Indian journal of veterinary science and animal husbandry - Volumes 22-23, 1952-1953
Year: 1952
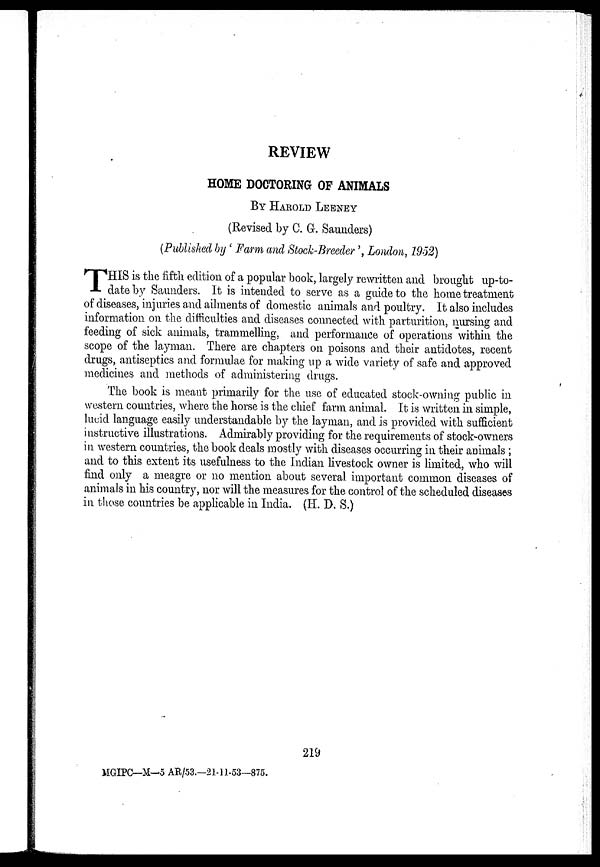
REVIEW
HOME DOCTORING OF ANIMALS
BY HAROLD LEENEY
(Revised by C. G. Saunders)
(Published by ' Farm and Stock-Breeder ', London, 1952)
T HIS is the fifth edition of a popular book, largely rewritten and brought up-to-
date by Saunders. It is intended to serve as a guide to the home treatment
of diseases, injuries and ailments of domestic animals and poultry. It also includes
information on the difficulties and diseases connected with parturition, nursing and
feeding of sick animals, trammelling, and performance of operations within the
scope of the layman. There are chapters on poisons and their antidotes, recent
drugs, antiseptics and formulae for making up a wide variety of safe and approved
medicines and methods of administering drugs.
The book is meant primarily for the use of educated stock-owning public in
western countries, where the horse is the chief farm animal. It is written in simple,
lucid language easily understandable by the layman, and is provided with sufficient
instructive illustrations. Admirably providing for the requirements of stock-owners
in western countries, the book deals mostly with diseases occurring in their animals ;
and to this extent its usefulness to the Indian livestock owner is limited, who will
find only a meagre or no mention about several important common diseases of
animals in his country, nor will the measures for the control of the scheduled diseases
in those countries be applicable in India. (H. D. S.)
219
MGIPC—M—5 AR/53.—21-11-53—875.